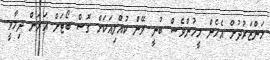
މަންޒަރުދުށް އެހެން މީހުންވެސް ބުނީ ވޭން ކުއްލިއަކަށް ގޮސް ބޯޓަށް އަރަން ދިމާވީ